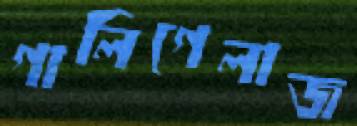
গালিগেলাজ